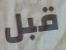
قبل